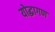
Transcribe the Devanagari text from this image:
योद्धागण